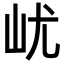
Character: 𡵔